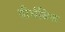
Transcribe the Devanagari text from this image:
दीर्घवित्त